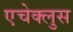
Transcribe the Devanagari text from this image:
एचेक्लुस